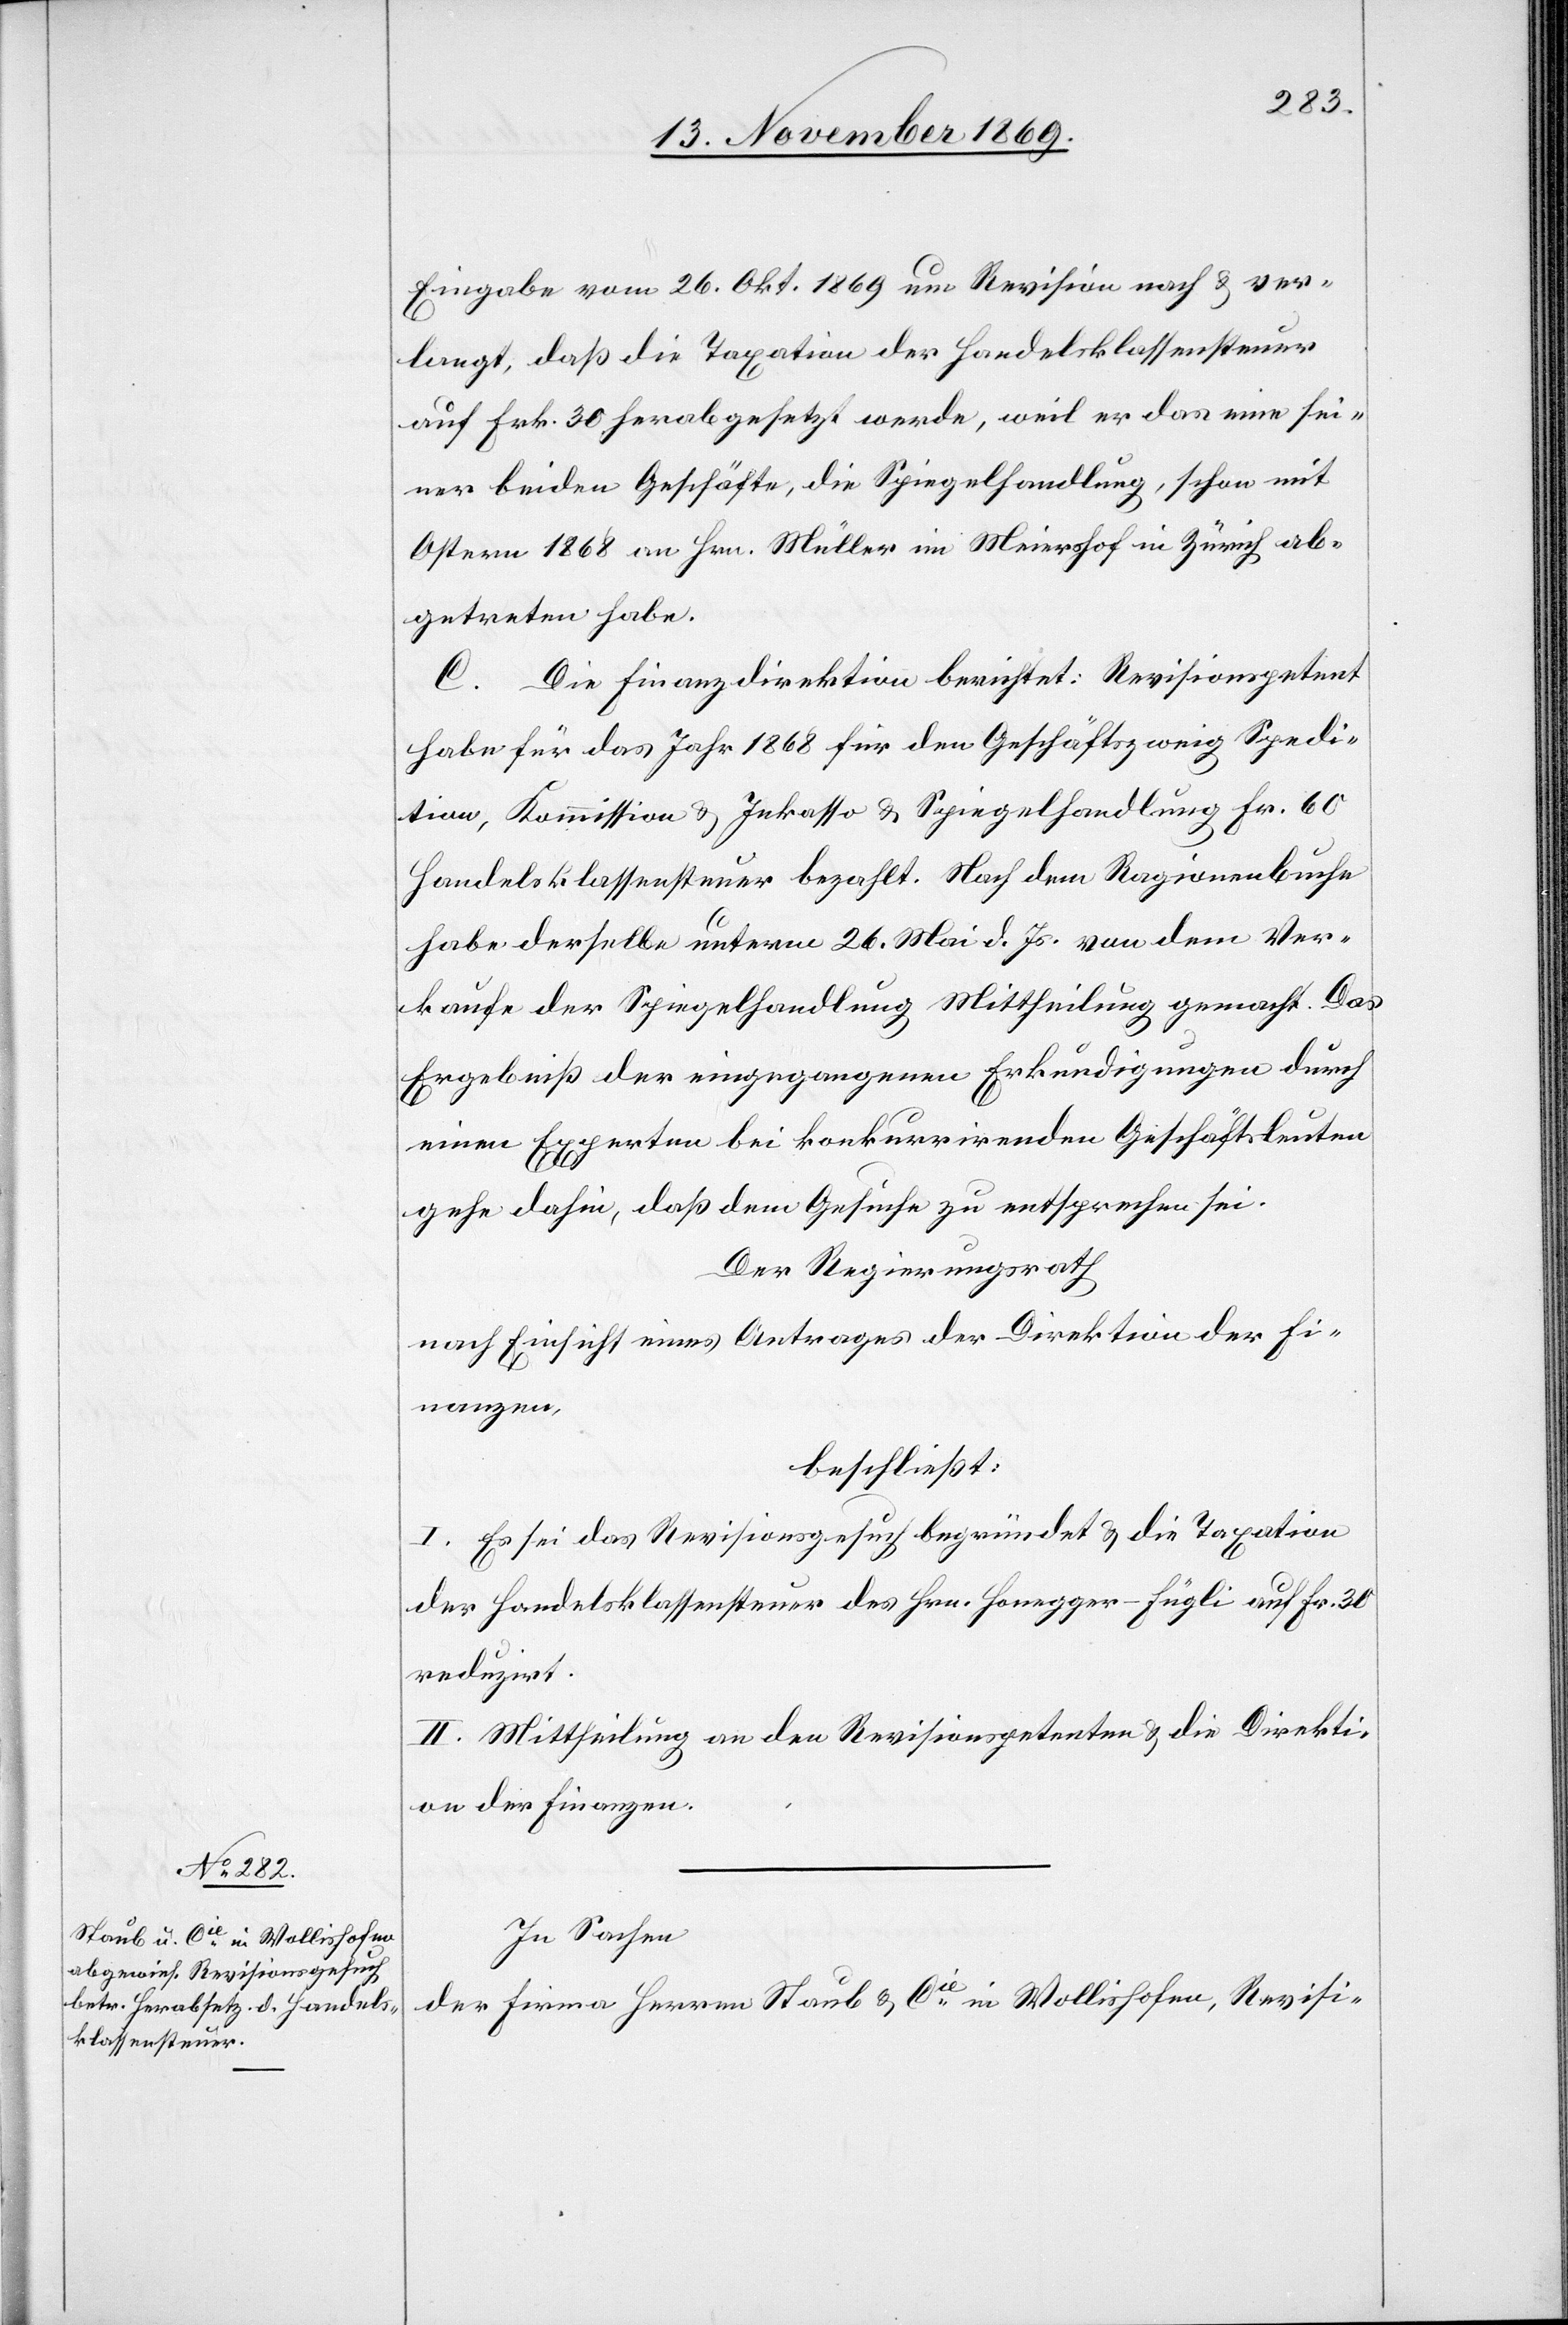
Eingabe vom 26. Okt. 1869 um Revision nach & ver¬
langt, daß die Taxation der Handelsklassensteuer
auf Frk. 30 herabgesetzt werde, weil er das eine sei¬
ner beiden Geschäfte, die Spiegelhandlung, schon mit
Ostern 1868 an Hrn. Müller im Meiershof in Zürich ab¬
getreten habe.
C. Die Finanzdirektion berichtet: Revisionspetent
habe für das Jahr 1868 für den Geschäftszweig Spedi¬
tion, Kommission & Inkasso & Spiegelhandlung Fr. 60
Handelsklassensteuer bezahlt. Nach dem Ragionenbuche
habe derselbe unterm 26. Mai d. Js. von dem Ver¬
kaufe der Spiegelhandlung Mittheilung gemacht. Das
Ergebniß der eingegangenen Erkundigungen durch
einen Experten bei konkurrirenden Geschäftsleuten
gehe dahin, daß dem Gesuche zu entsprechen sei.
Der Regierungsrath
nach Einsicht eines Antrages der Direktion der Fi¬
nanzen,
beschließt:
I. Es sei das Revisionsgesuch begründet & die Taxation
der Handelsklassensteuer des Hrn. Honegger-Fügli auf Fr. 30
reduzirt.
II. Mittheilung an den Revisionspetenten & die Direkti¬
on der Finanzen.
In Sachen
der Firma Herren Staub & Cie in Wollishofen, Revisi-